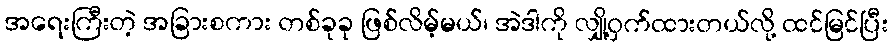
အရေးကြီးတဲ့ အခြားစကား တစ်ခုခု ဖြစ်လိမ့်မယ်၊ အဲဒါကို လျှို့ဝှက်ထားတယ်လို့ ထင်မြင်ပြီး